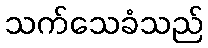
သက်သေခံသည်